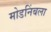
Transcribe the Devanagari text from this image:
मोडनिंबला